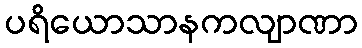
ပရိယောသာနကလျာဏာ